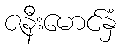
ဇနီးမောင်နှံ